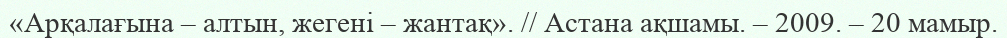
«Арқалағына – алтын, жегені – жантақ». // Астана ақшамы. – 2009. – 20 мамыр.